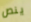
ينص